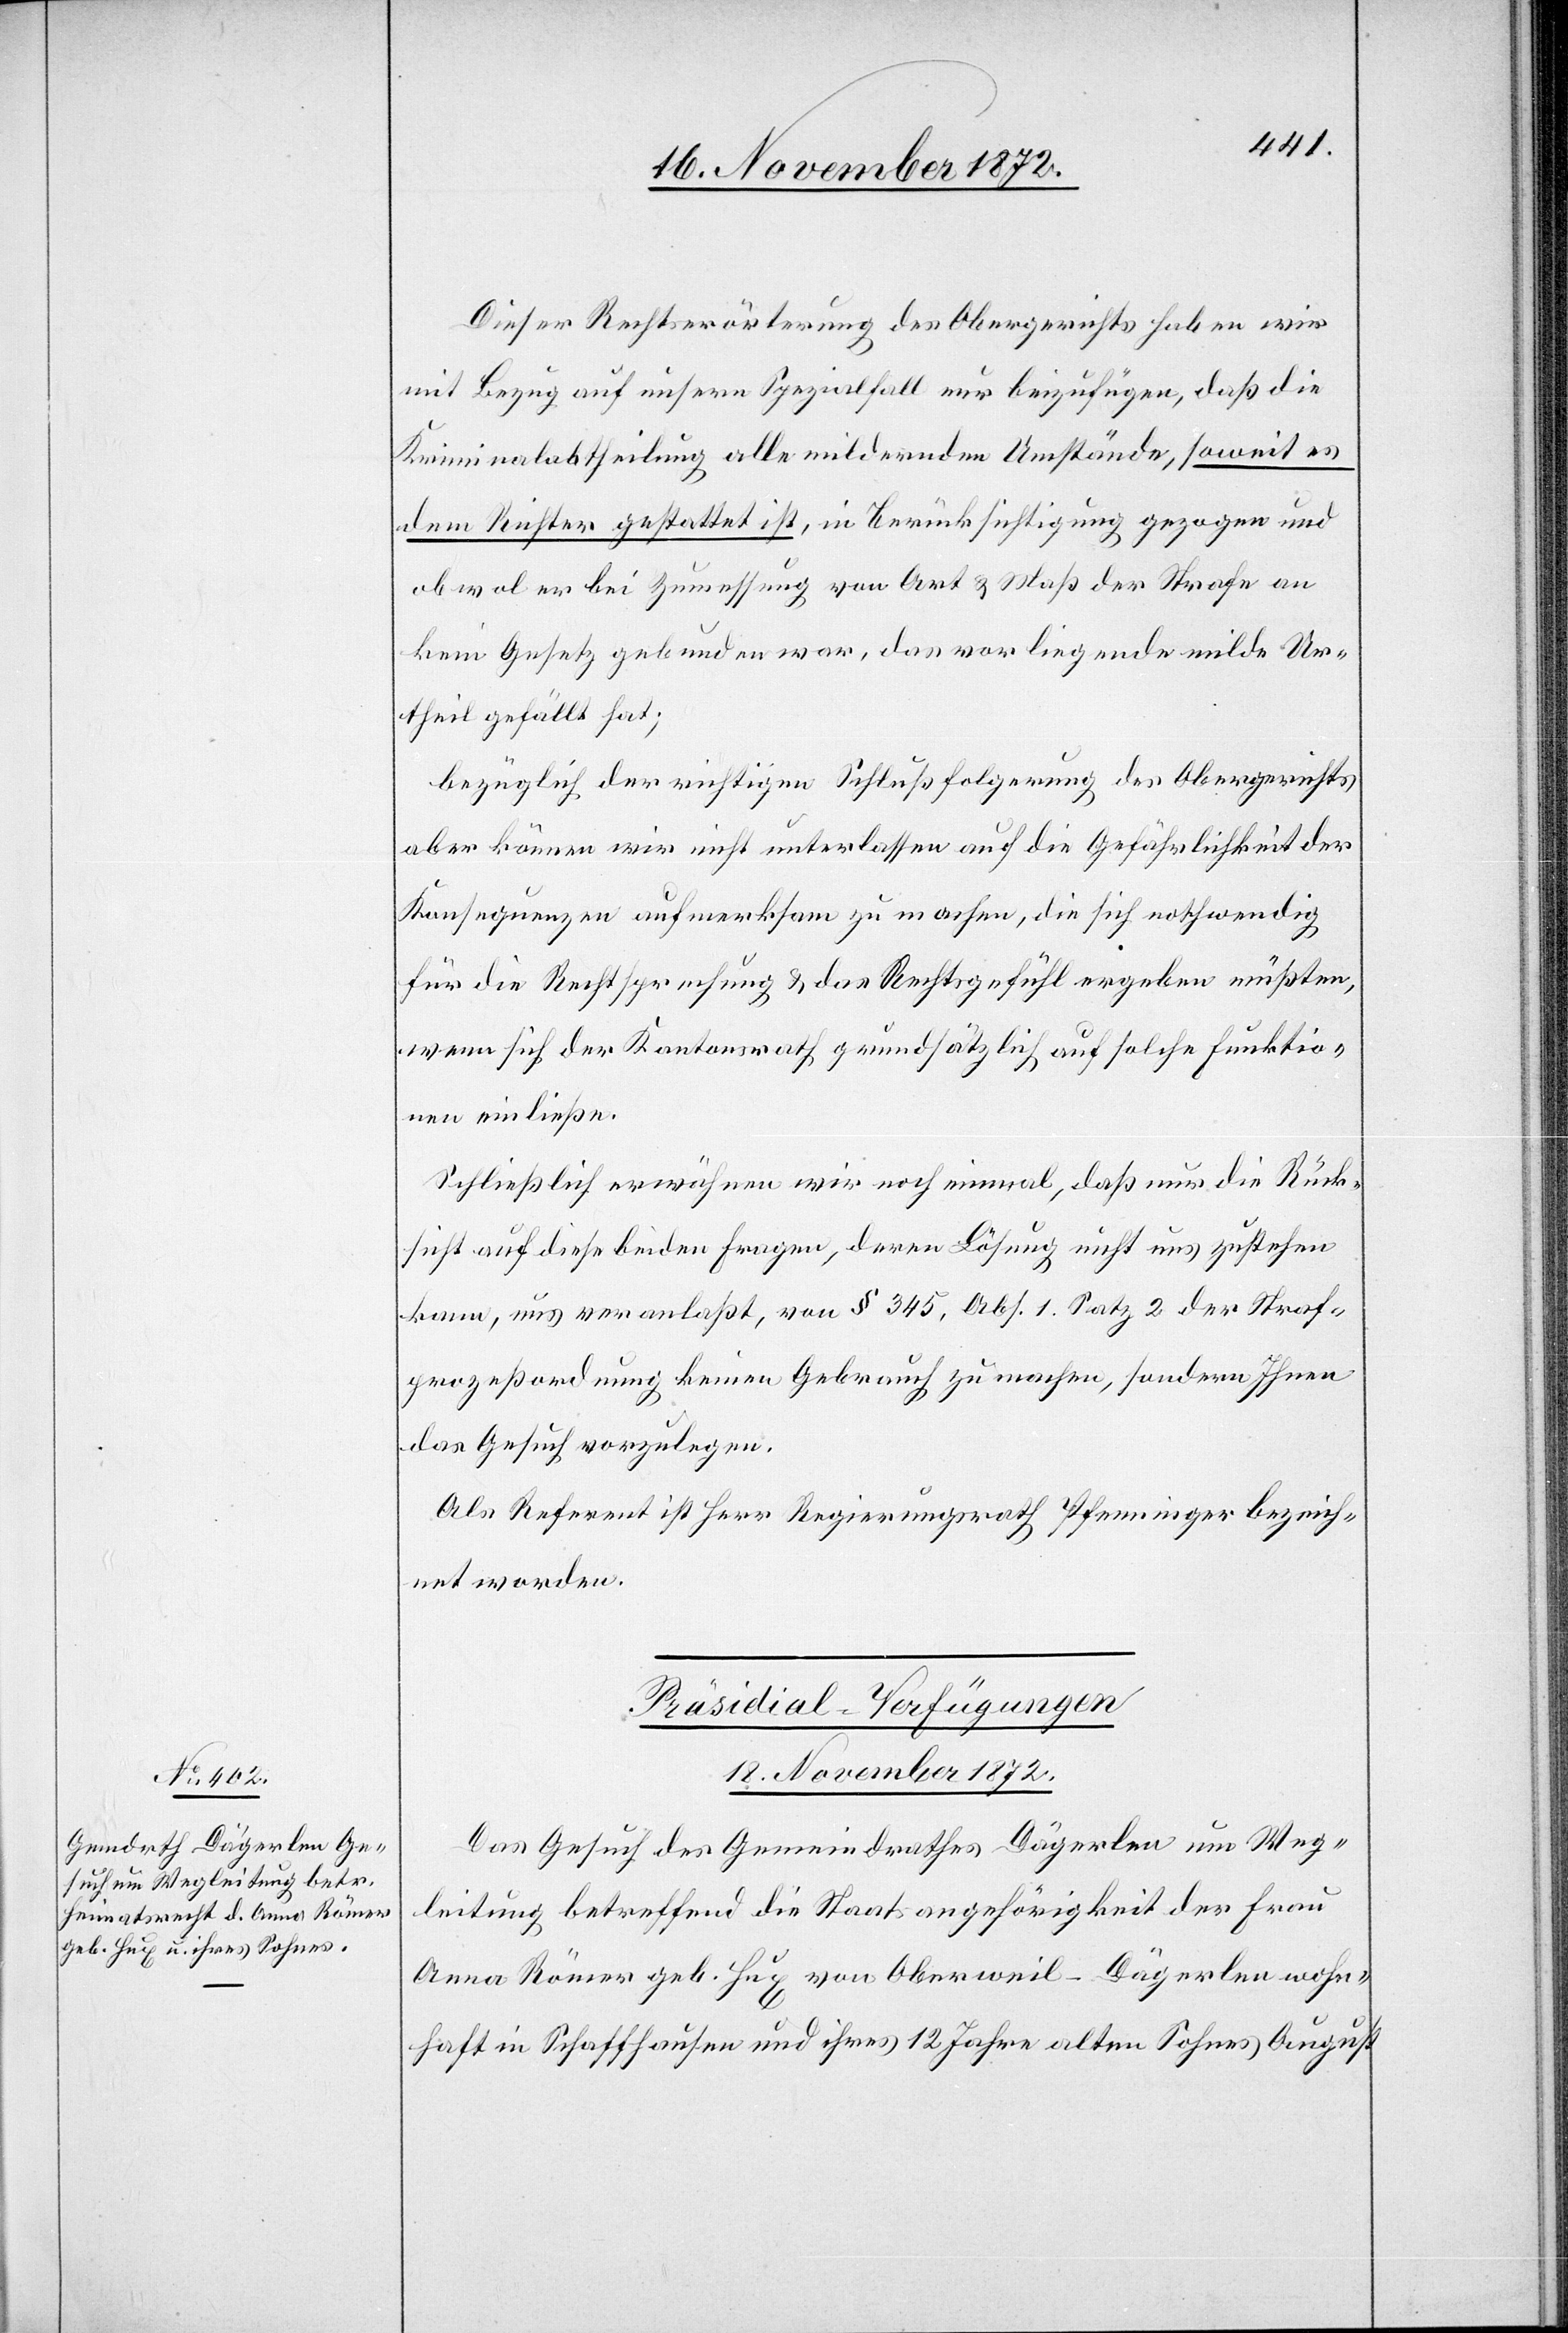
18. November 1872.
Dieser Rechtserörterung des Obergerichts haben wir
mit Bezug auf unsern Spezialfall nur beizufügen, daß die
Kriminalabtheilung alle mildernden Umstände, soweit es
dem Richter gestattet ist, in Berücksichtigung gezogen und
obwol er bei Zumessung von Art u. Maß der Strafe an
kein Gesetz gebunden war, das vorliegende milde Ur¬
theil gefällt hat;
bezüglich der richtigen Schlußfolgerung des Obergerichts
aber können wir nicht unterlassen auf die Gefährlichkeit der
Konsequenzen aufmerksam zu machen, die sich nothwendig
für die Rechtsprechung u. das Rechtsgefühl ergeben müßten,
wenn sich der Kantonsrath grundsätzlich auf solche Funktio¬
nen einließe.
Schließlich erwähnen wir noch einmal, daß nur die Rück¬
sicht auf diese beiden Fragen, deren Lösung nicht uns zustehen
kann, uns veranlaßt, von § 345, Abs. 1. Satz 2 der Straf¬
prozeßordnung keinen Gebrauch zu machen, sondern Ihnen
das Gesuch vorzulegen.
Als Referent ist Herr Regierungsrath Pfenninger bezeich¬
net worden.
Präsidial-Verfügungen
Das Gesuch des Gemeindrathes Dägerlen um Weg¬
leitung betreffend die Staatsangehörigkeit der Frau
Anna Römer geb. Hug von Oberweil-Dägerlen wohn¬
haft in Schaffhausen und ihres 12 Jahre alten Sohnes August